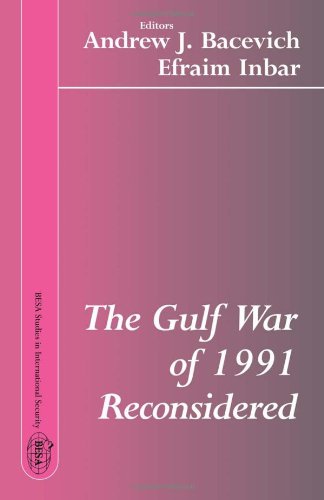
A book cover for The Gulf War of 1991 Reconsidered (Besa Studies in International Security,); History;